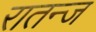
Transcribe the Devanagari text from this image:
रातन्ज